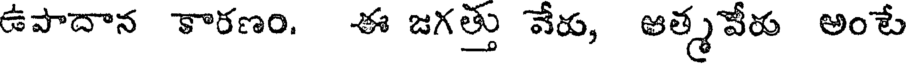
ఉపాదాన కారణం. ఈ జగత్తు వేరు, ఆత్మవేరు అంటే